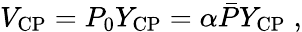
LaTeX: V_{\mathrm{CP}}=P_{0}Y_{\mathrm{CP}}=\alpha\bar{P}Y_{\mathrm{CP}}\; ,